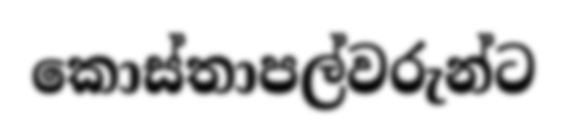
කොස්තාපල්වරුන්ට